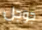
جوجل